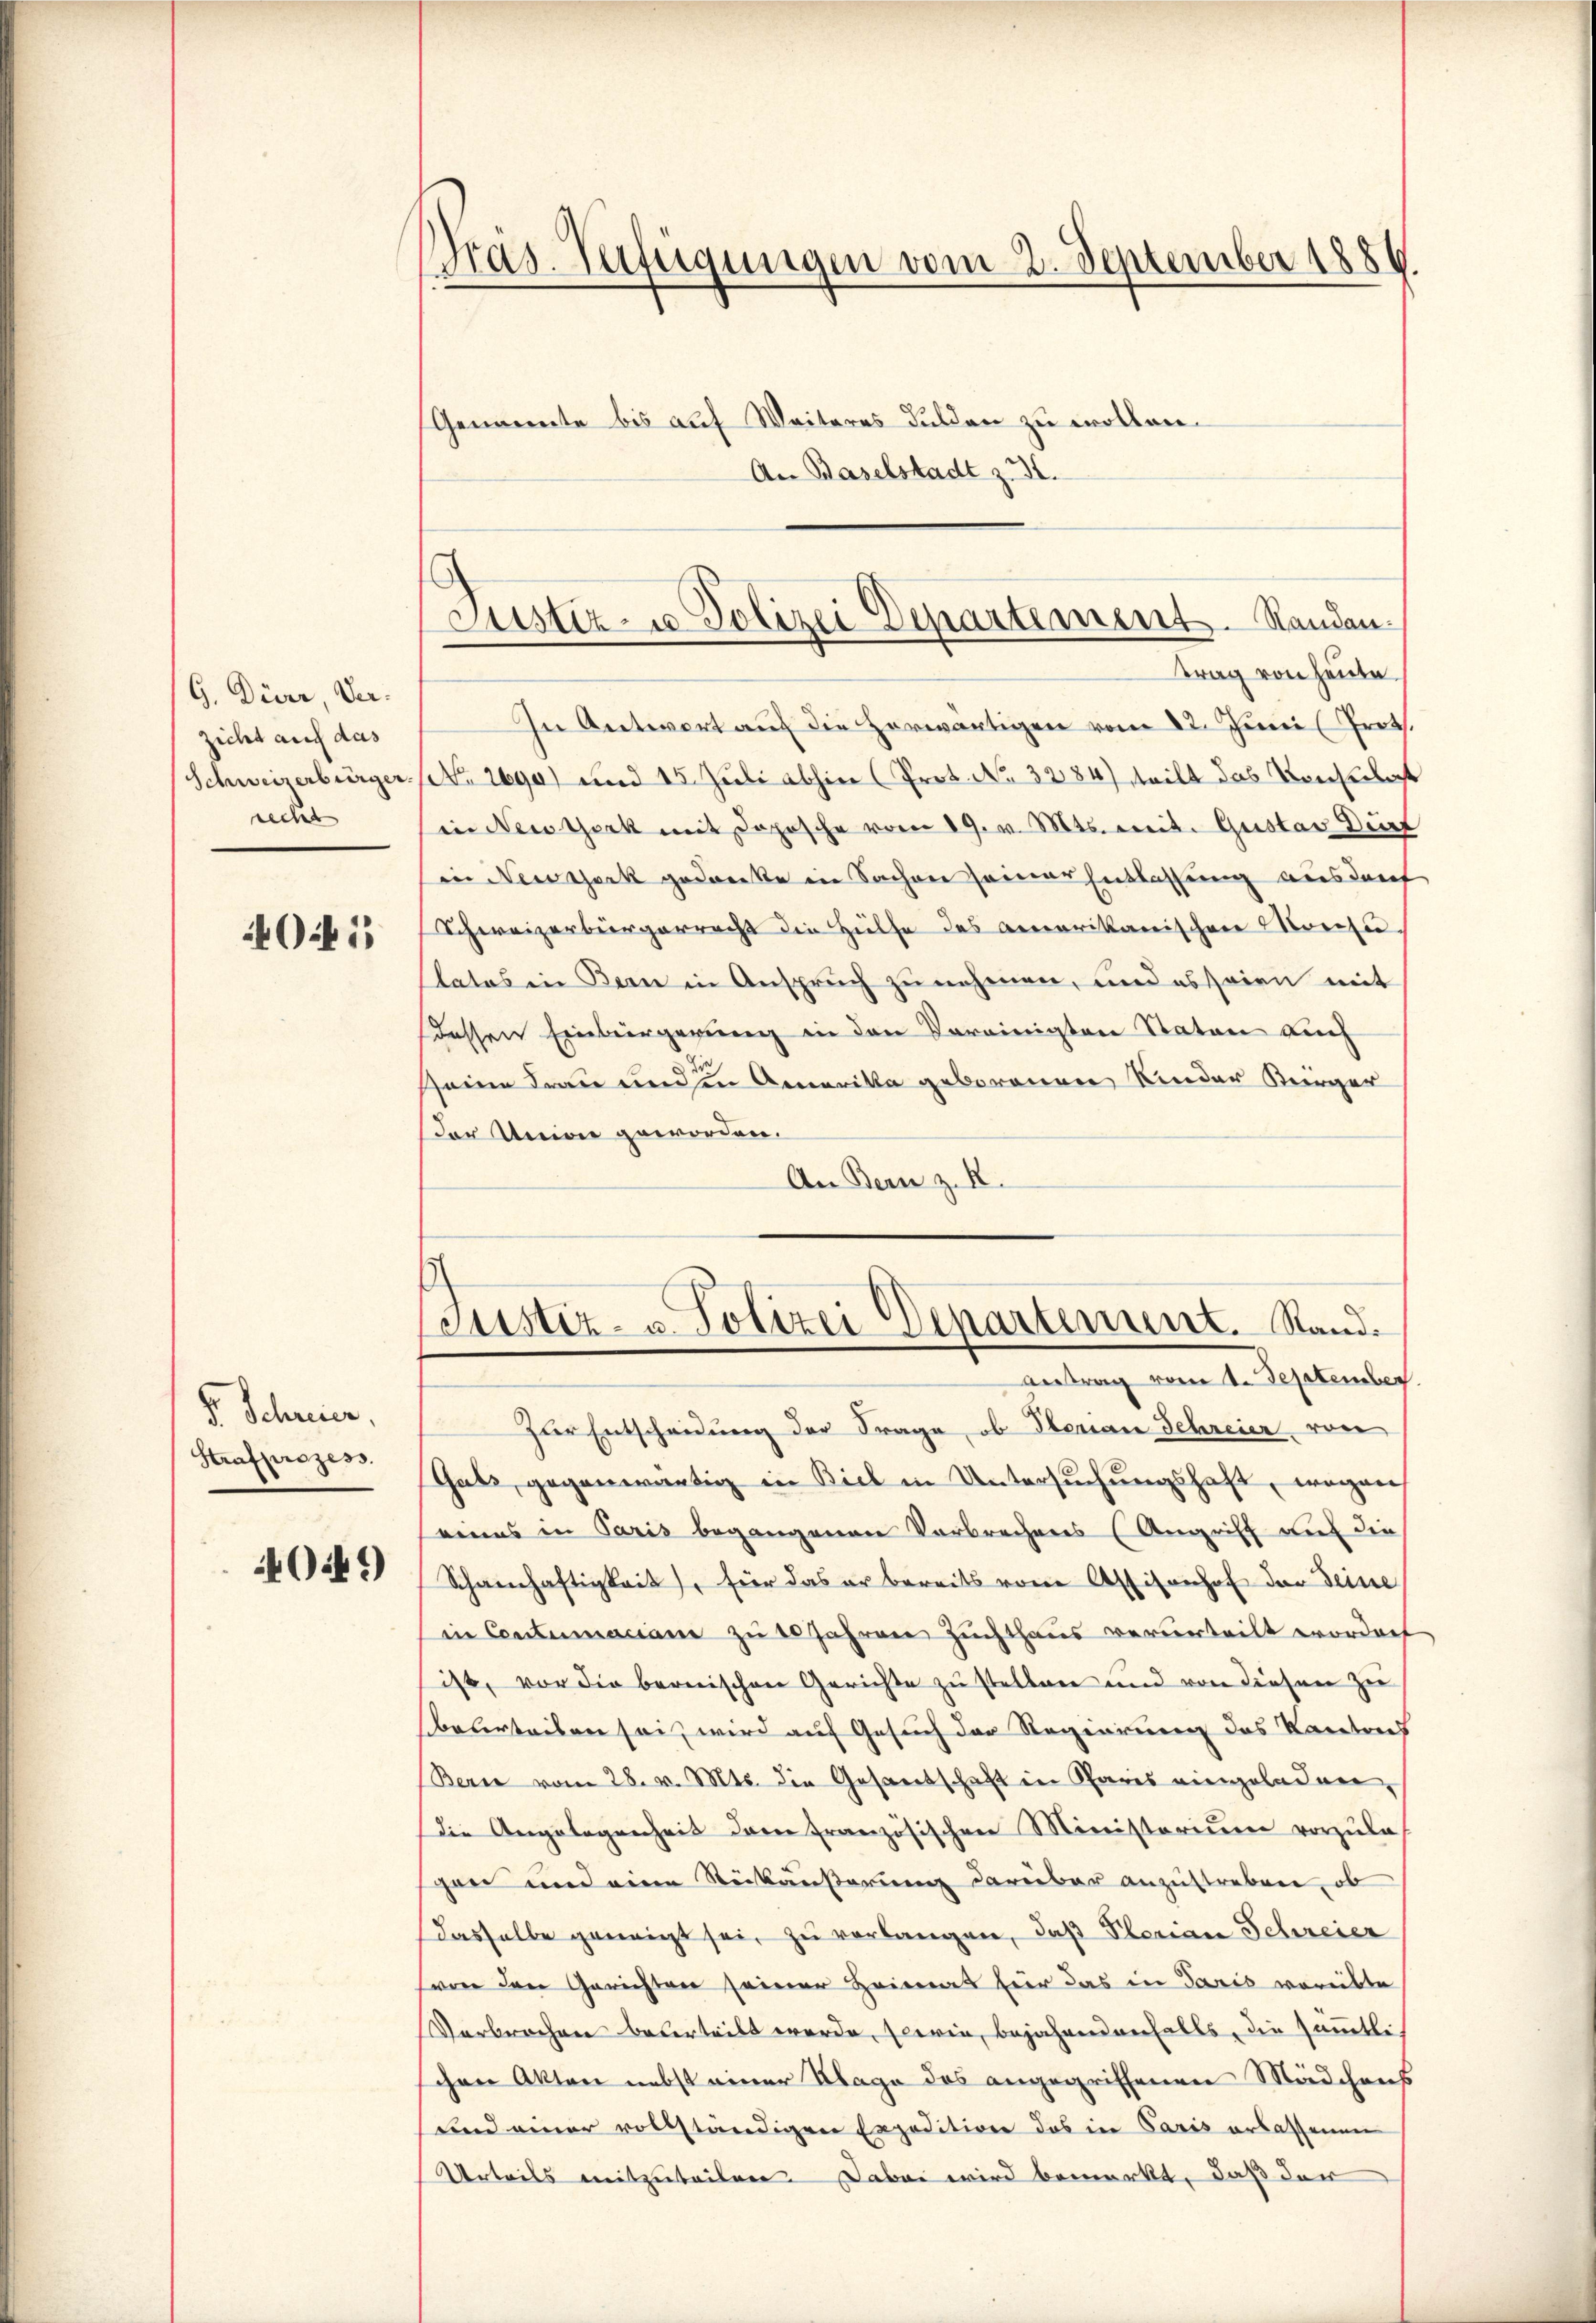
G. Diver Verzicht auf das
Schweizerbürger.
redet

401

S. Schrier,
Strafprozess

049)

Pras. Verfügungen vom 2. September 1886.

An Baselstadt z. B.

Genannte bis auf Weiteres dulden zu wollen.

Justiz- u Polizei Departement. Standantrag von heute.

In Antwort auf die herwärtigen vom 22. Juni Prot.
NNo. 2690) und 15. Juli abhin (Prot. No. 3284) teilt das Verheiligt
in New York mit doposche vom 19. v. Mts. mit. Gustav Dürf
in Newsjark gedanke in Sachen seiner Entlassung aus darf
Schweizerbürgerrecht die Hülfe des amerikanischen Morche,
tatos in Bern in Anspruch zu nehmen, und es seien mit
dessen Einbergerung in den Vereinigten Staten auch
seine Frau und in Amerika geborenen Kinder Bürger
Der Univer geworden.
An Bern z. R.
Zur Entscheidung der Frage, ob Plenau Schreier von
Gats, gegenwärtig in Biel in Untersuchungshaft, wegens
seines in Paris begangenen Verbrechens (Angriff auf die
Schanhaftigkeit, für das er bereits von Affisanhof der Seine
in Contumaciam zu 10 Jahren Zuchthaus verurteilt worden
ist, vor die bernischen Gerichte zu stellen und von diesen zu
beverteilen sei, wird auf Gesuch der Regierung des Kontrich
Bern vom 28. v. Mts. die Gesantschaft in Paris eingeladen,
die Angelegenheit dem französischen Ministerium vorzŭla
gen und eine Rückäußerung darüber anzustreben, ob
Dasselbe geneigt sei, zu verlangen, daß Perian Schreier
serer den Gerichten seiner Heimat für das in Paris verübte
Verbrechnen beverteilt werde, sowie, bejahren anfalls, die sämmtli
schen Akten nebst einer Klage des angegriffenen Mädchens
und einer vollständigen Expedition das in Paris erlassenen
Urteils mitzuteilen. Dabei wird bemerkt, daß der

Justiz- u. Polizei Departement. Stand.
Antrag vom 1. September